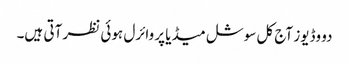
دو وڈیوز آج کل سوشل میڈیا پر وائرل ہوئی نظر آتی ہیں۔